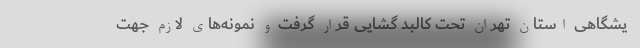
یشگاهی استان تهران تحت کالبد گشایی قرار گرفت و نمونه‌های لازم جهت